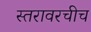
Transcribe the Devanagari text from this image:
स्तरावरचीच